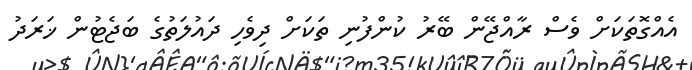
އެއްގޮތަކަށް ވެސް ރާއްޖޭން ބޭރު ކުންފުނި ތަކަށް ދިވެހި ދައުލަތުގެ ބަޖެޓުން ޚަރަދު